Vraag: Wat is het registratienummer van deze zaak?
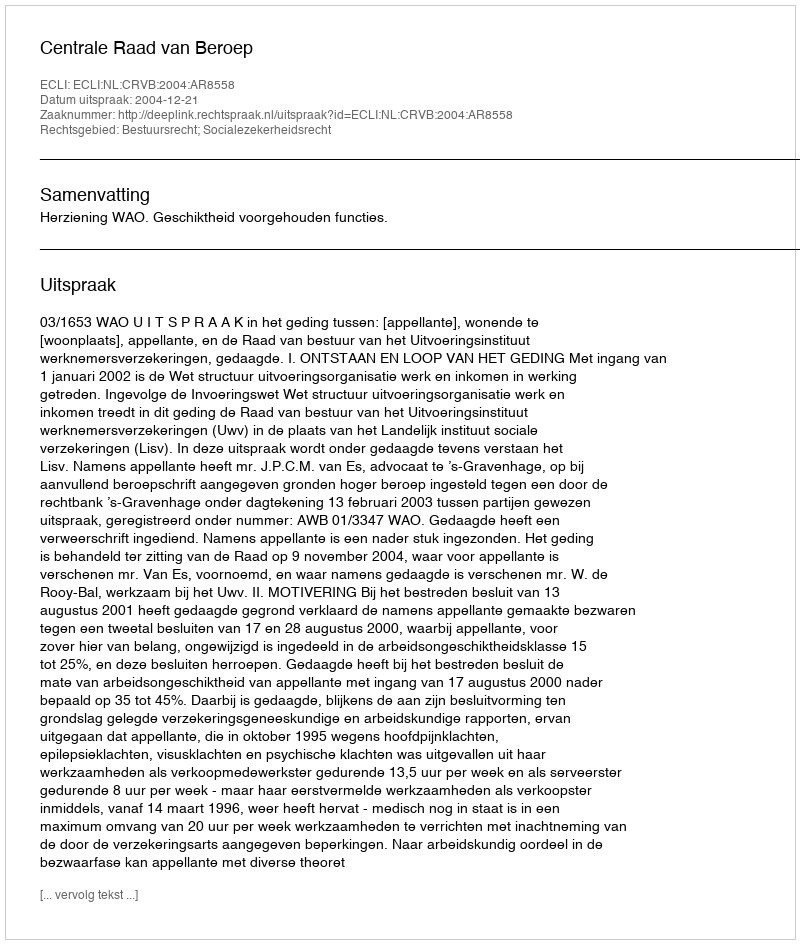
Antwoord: http://deeplink.rechtspraak.nl/uitspraak?id=ECLI:NL:CRVB:2004:AR8558